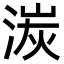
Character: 湠